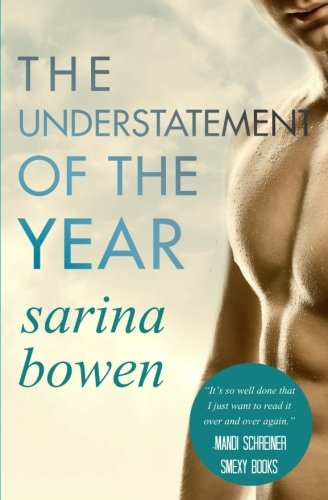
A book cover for The Understatement of the Year: (Ivy Years #3) (The Ivy Years) (Volume 3); Sarina Bowen; Romance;